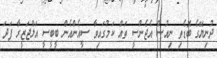
ދުނިޔޭގެ ބޮޑެތި ނިއުސް އެޖެންސީ ތައް ކަމުގައިވާ ސީއެންއެން ބީބީސީ އަލްޖަޒީރާ ފަދަ